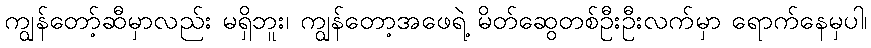
ကျွန်တော့်ဆီမှာလည်း မရှိဘူး၊ ကျွန်တော့အဖေရဲ့ မိတ်ဆွေတစ်ဦးဦးလက်မှာ ရောက်နေမှပါ၊